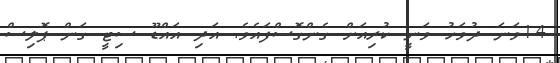
14ވަނަ ދުވަހު ވަނީ ކުރިއަށް ގެންގޮސްފައެވެ. އަދި އައްޑޫ ސިޓީ ގަން ޕޮލިސް